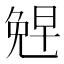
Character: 𪞂